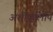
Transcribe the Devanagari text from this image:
अशोकलिपि